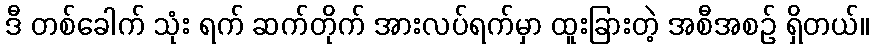
ဒီ တစ်ခေါက် သုံး ရက် ဆက်တိုက် အားလပ်ရက်မှာ ထူးခြားတဲ့ အစီအစဉ် ရှိတယ်။